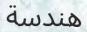
ھندسة